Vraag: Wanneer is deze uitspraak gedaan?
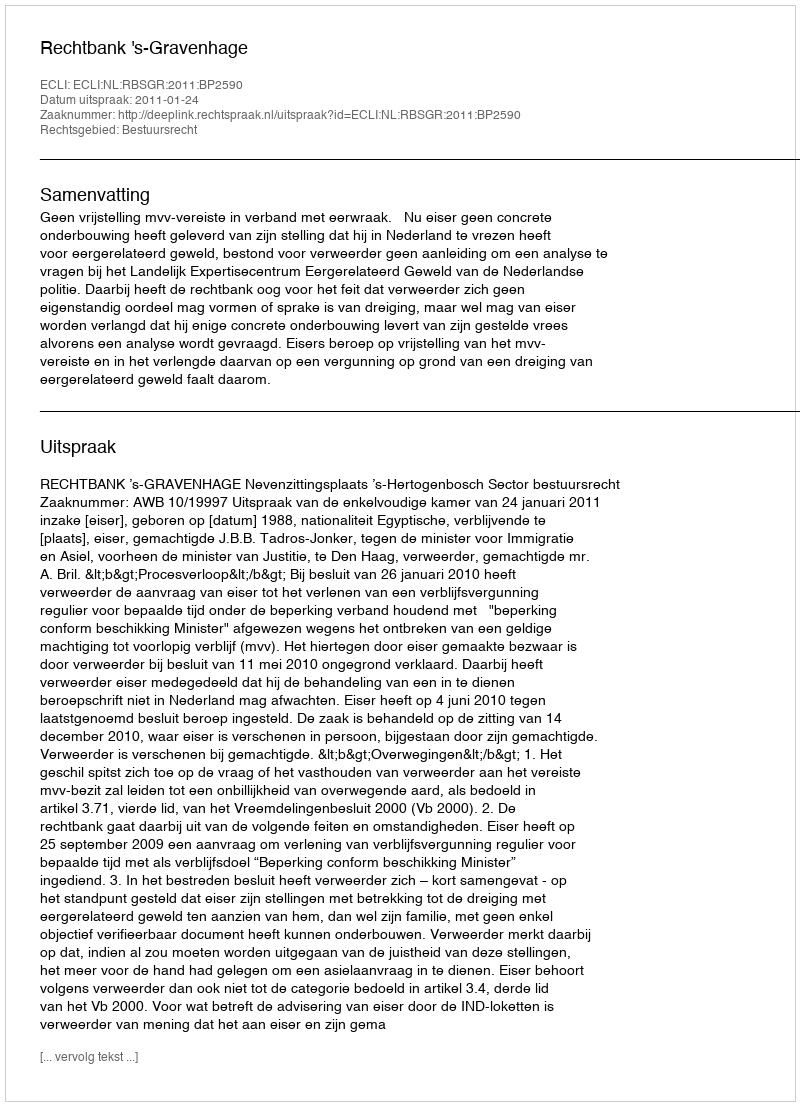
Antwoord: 2011-01-24